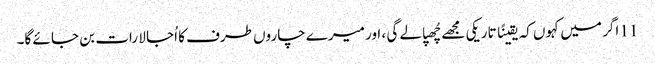
11 اگر میں کہوں کہ یقینًا تاریکی مجھے چُھپا لے گی ، اور میرے چاروں طرف کا اُجا لا رات بن جا ئے گا۔